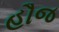
હૌજ